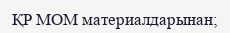
ҚР МОМ материалдарынан;